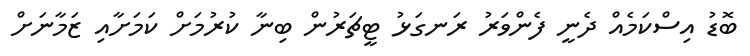
ބޮޑު އިސްކަމެއް ދެނީ ފެންވަރު ރަނގަޅު ޓީޗަރުން ބިނާ ކުރުމަށް ކަމަށާއި ޒަމާނަށް